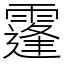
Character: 𩅛